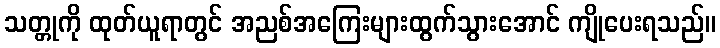
သတ္တုကို ထုတ်ယူရာတွင် အညစ်အကြေးများထွက်သွားအောင် ကျိုပေးရသည်။